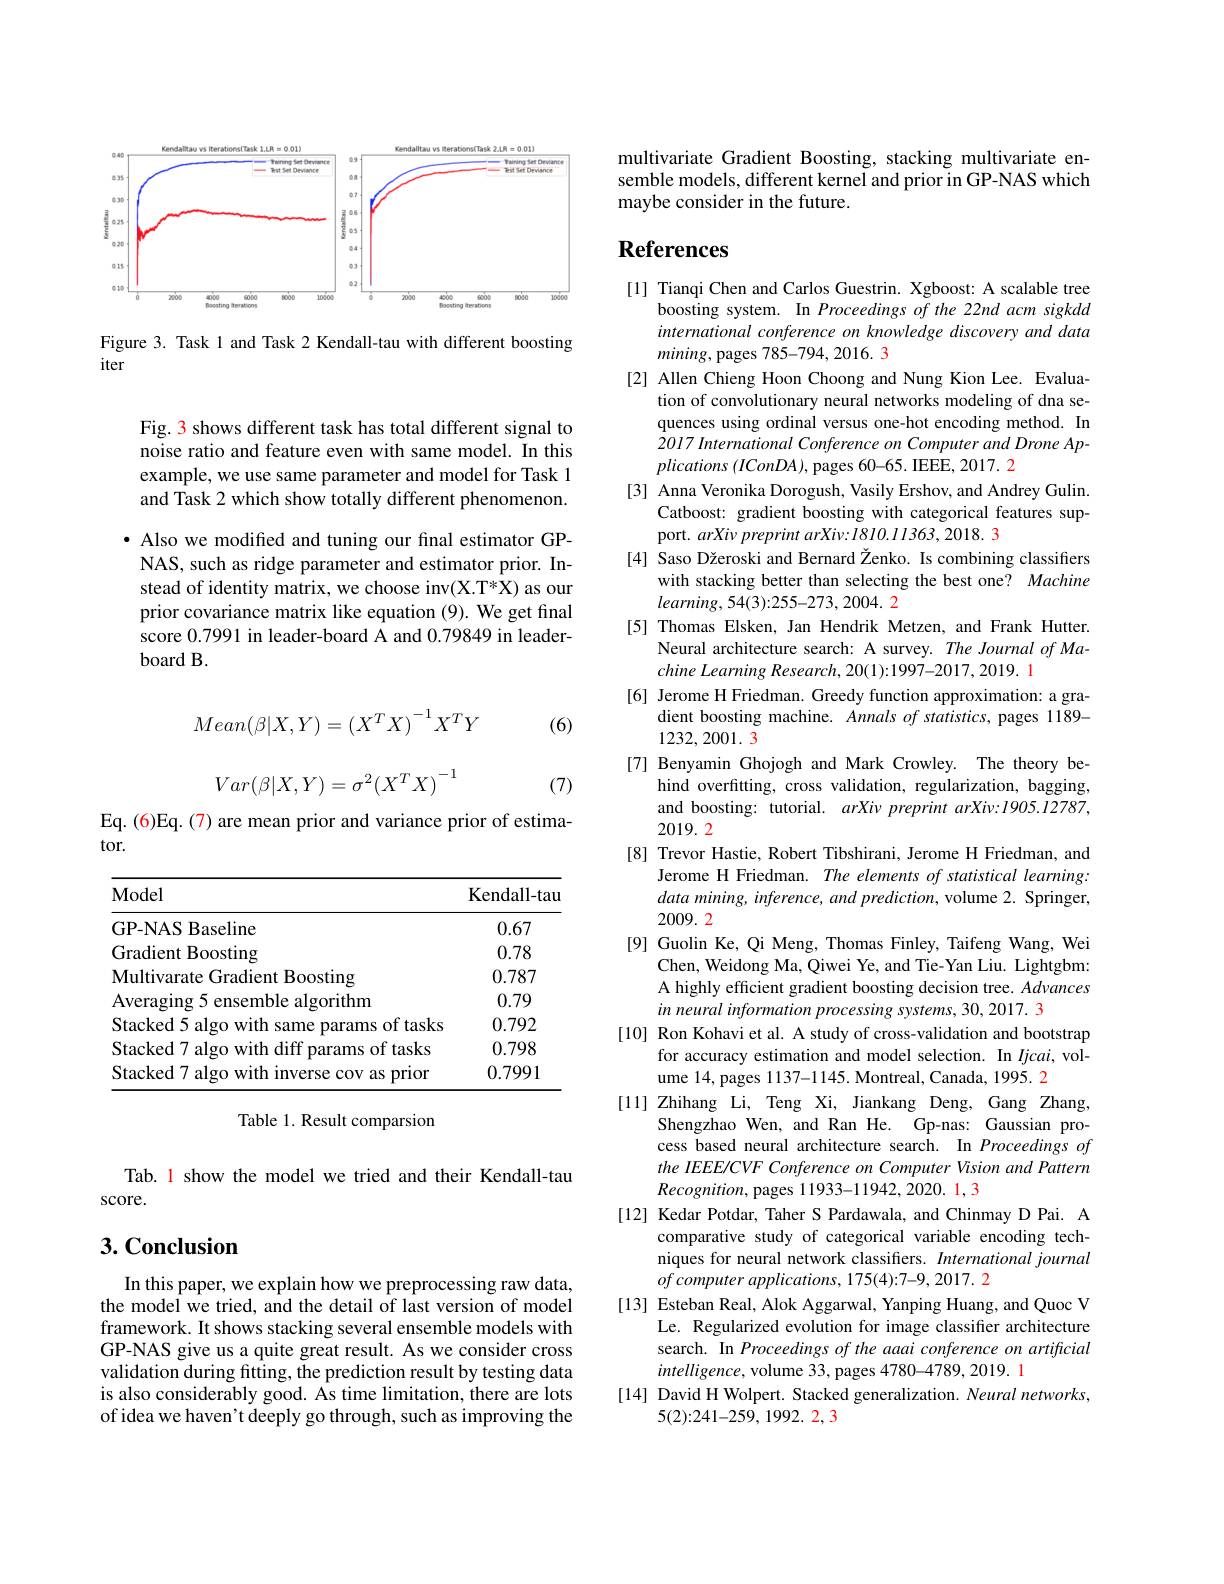
<FigureHere>

Figure 3. Task 1 and Task 2 Kendall-tau with different boosting
iter

Fig. 3 shows different task has total different signal to noise ratio and feature even with same model. In this example, we use same parameter and model for Task 1 and Task 2 which show totally different phenomenon. · Also we modified and tuning our final estimator GPNAS, such as ridge parameter and estimator prior. Instead of identity matrix, we choose inv(X.T*X) as our prior covariance matrix like equation (9). We get final score 0.7991 in leader-board A and 0.79849 in leader- $boardB.$

(6)
$$Mean(\beta|X,Y)=\left(X^TX\right)^{-1}X^TY$$
$$Var(\beta|X,Y)=\sigma^2{(X^TX)}^{-1}$$
(7)

Eq. (6)Eq. (7) are mean prior and variance prior of estima-
tor.

<table>
	<tbody>
		<tr>
			<th>Model</th>
			<th>Kendall- tau</th>
		</tr>
		<tr>
			<td>GP-NAS Baseline</td>
			<td>0.67</td>
		</tr>
		<tr>
			<td>Gradient Boosting</td>
			<td>0.78</td>
		</tr>
		<tr>
			<td>Multivarate Gradient Boosting</td>
			<td>0.787</td>
		</tr>
		<tr>
			<td>Averaging 5 ensemble algorithm</td>
			<td>0.79</td>
		</tr>
		<tr>
			<td>Stacked 5 algo with same par</td>
			<td>0.792</td>
		</tr>
		<tr>
			<td>Stacked 7 algo with diff params of tasks</td>
			<td>0.798</td>
		</tr>
		<tr>
			<td>Stacked 7 algo with inverse cov as prior</td>
			<td>0.7991</td>
		</tr>
	</tbody>
</table>

Table 1. Result comparsion

Tab. 1 show the model we tried and their Kendall-tau
score.

# 3. Conclusion

In this paper, we explain how we preprocessing raw data, the model we tried, and the detail of last version of model framework. It shows stacking several ensemble models with GP-NAS give us a quite great result. As we consider cross validation during fitting, the prediction result by testing data is also considerably good. As time limitation, there are lots of idea we haven't deeply go through, such as improving the

multivariate Gradient Boosting, stacking multivariate ensemble models, different kernel and prior in GP-NAS which maybe consider in the future.

# References

[1] Tianqi Chen and Carlos Guestrin. Xgboost: A scalable tree
boosting system. In Proceedings of the 22nd acm sigkdd international conference on knowledge discovery and data $mining$, pages 785-794, 2016. 3
[2] Allen Chieng Hoon Choong and Nung Kion Lee. Evalua-
tion of convolutionary neural networks modeling of dna sequences using ordinal versus one-hot encoding method. In $\dot{2} 017$ International Conference $on$ Computer and Drone $Ap-$ $plications\left(IConDA\right)$, pages 60-65. IEEE, 2017. 2
[3] Anna Veronika Dorogush, Vasily Ershov, and Andrey Gulin.
Catboost: gradient boosting with categorical features sup-
port. arXiv preprint arXiv: I810.11363, 2018. 3
[4] Saso Džeroski and Bernard Ženko. Is combining classifiers
with stacking better than selecting the best one? Machine
$learning,54(3){:}255-273,2004.2$
[5] Thomas Elsken, Jan Hendrik Metzen, and Frank Hutter.
Neural architecture search: A survey. The Journal of Ma-
chine Learning Research, 20(1):1997-2017, 2019. 1
[6] Jerome H Friedman. Greedy function approximation: a gra-
dient boosting machine. Annals of statistics, pages 1189-
1232,2001.3
[7] Benyamin Ghojogh and Mark Crowley. The theory be-
hind overfitting, cross validation, regularization, bagging, and boosting: tutorial. arXiv preprint arXiv:I905.12787, 2019.2
[8] Trevor Hastie, Robert Tibshirani, Jerome H Friedman, and
Jerome H Friedman. The elements of statistical learning: data mining, inference, and prediction, volume 2. Springer, 2009.2
[9] Guolin Ke, Qi Meng, Thomas Finley, Taifeng Wang, Wei
Chen, Weidong Ma, Qiwei Ye, and Tie-Yan Liu. Lightgbm: A highly efficient gradient boosting decision tree. Advances in neural information processing systems, 30, 2017. 3
[10] Ron Kohavi et al. A study of cross-validation and bootstrap
for accuracy estimation and model selection. In $Ijcai$, vol-
ume 14, pages 1137-1145. Montreal, Canada, 1995. 2
[11] Zhihang Li, Teng Xi, Jiankang Deng, Gang Zhang,
Shengzhao Wen, and Ran He. Gp-nas: Gaussian process based neural architecture search. In Proceedings of the IEEE/CVF Conference on Computer Vision and Pattern Recognition, pages 11933-11942, 2020. 1, 3
[12] Kedar Potdar, Taher S Pardawala, and Chinmay D Pai. A
comparative study of categorical variable encoding techniques for neural network classifiers. International journal of computer applications, 175(4):7-9, 2017. 2
[13] Esteban Real, Alok Aggarwal, Yanping Huang, and Quoc V
Le. Regularized evolution for image classifier architecture search. In Proceedings of the aaai conference on artificial intelligence, volume 33, pages 4780-4789, 2019. 1
[14] David H Wolpert. Stacked generalization. Neural networks,
5(2){:}241-259,1992.2,3